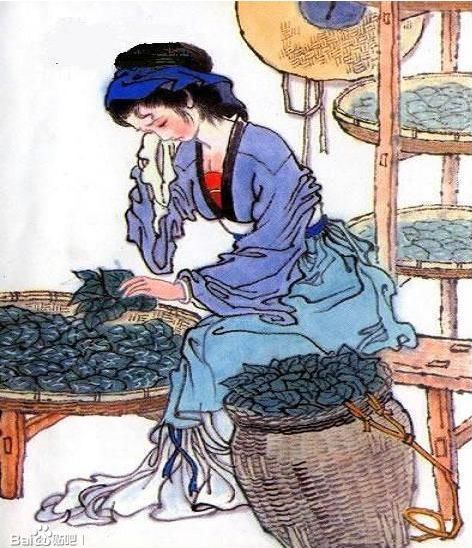
昨日入城市，归来泪满巾。